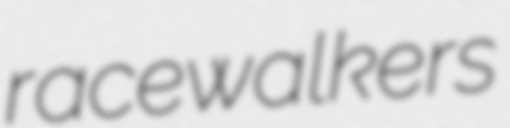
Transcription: racewalkers